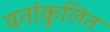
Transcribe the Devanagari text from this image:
वतांकुलित